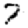
Digit: 7